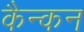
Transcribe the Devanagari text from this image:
कैन्कन